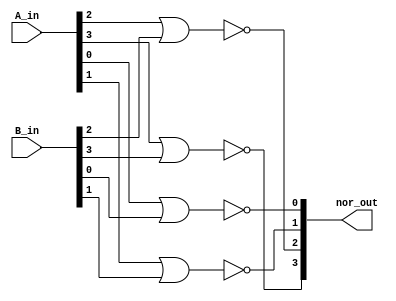
module four_bit_nor(
    input [3:0] A_in,
    input [3:0] B_in,
    output [3:0] nor_out);
    
    nor g1(nor_out[0],A_in[0],B_in[0]);

    nor g2(nor_out[1],A_in[1],B_in[1]);

    nor g3(nor_out[2],A_in[2],B_in[2]);

    nor g4(nor_out[3],A_in[3],B_in[3]);
    
endmodule